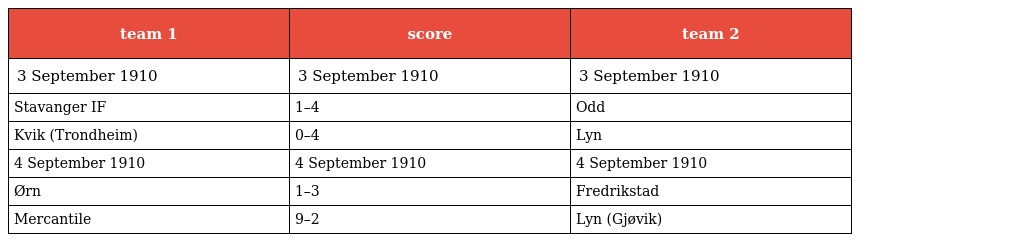
| team 1 | score | team 2 |
 | --- | --- | --- |
 | 3 September 1910 | 3 September 1910 | 3 September 1910 |
 | Stavanger IF | 1–4 | Odd |
 | Kvik (Trondheim) | 0–4 | Lyn |
 | 4 September 1910 | 4 September 1910 | 4 September 1910 |
 | Ørn | 1–3 | Fredrikstad |
 | Mercantile | 9–2 | Lyn (Gjøvik) |